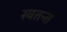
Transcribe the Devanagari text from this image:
स्वतन्त